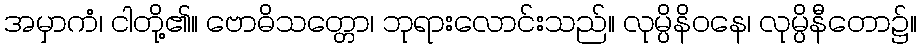
အမှာကံ၊ ငါတို့၏။ ဗောဓိသတ္တော၊ ဘုရားလောင်းသည်။ လုမ္ပိနိဝနေ၊ လုမ္ပိနီတော၌။